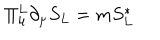
\Pi _ { \mu } ^ { L } \partial _ { \mu } S _ { L } = m S _ { L } ^ { * }